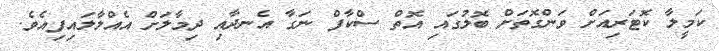
ކަމީލާ ކޮޓަރިއަށް ވަންގޮތަށް ބޮލުގައި އޮތް ސްކާފް ނަގާ އެނދާއި ދިމާލަށް އެއްލާލައިފިއެވެ.